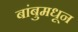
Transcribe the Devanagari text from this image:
बांबुमधून